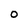
Character: O